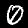
Label: 0